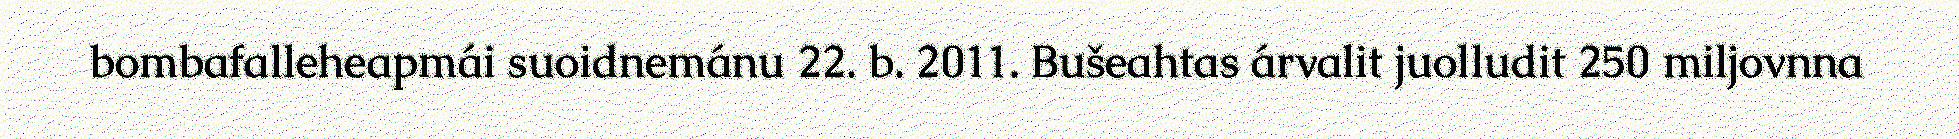
bombafalleheapmái suoidnemánu 22. b. 2011. Bušeahtas árvalit juolludit 250 miljovnna